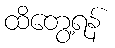
ထိတွေ့ရန်